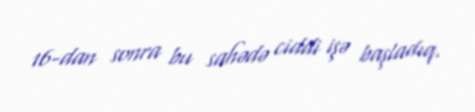
16-dan sonra bu sahədə ciddi işə başladıq.